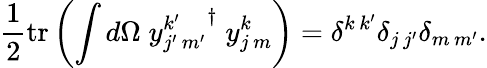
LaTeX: {\frac{1}{2}}\mathrm{tr}\left({\int{d\Omega\; {y_{j^{\prime}\, m^{\prime}}^{k^{\prime}}}^{\dagger}\; y_{j\, m}^{k}}}\right)=\delta^{k\, k^{\prime}}\delta_{j\, j^{\prime}}\delta_{m\, m^{\prime}}.